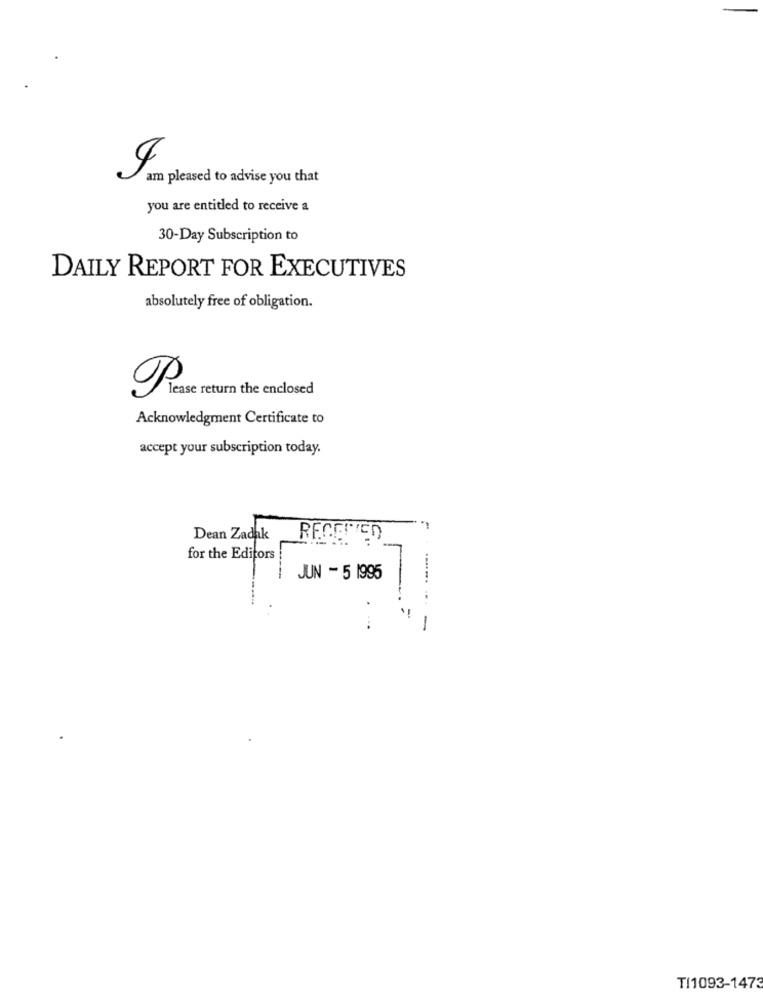
am pleased to advise you that
you are entitled to receive a
30-Day Subscription to
DAILY REPORT FOR EXECUTIVES
absolutely free of obligation.
lease return the enclosed
Acknowledgment Certificate to
accept your subscription today.
Dean Zadak
RECEIVED
for the Editors
JUN - 5 1995
....... ...
-
TI1093-1473